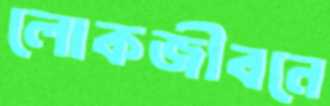
লোকজীবনে